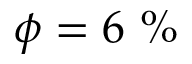
\phi = 6 ~ \%